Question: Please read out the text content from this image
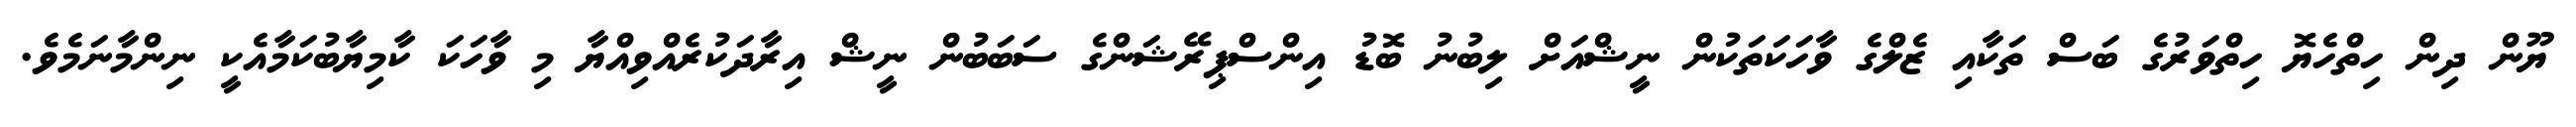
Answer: ޔޫން ދިން ހިތްހެޔޮ ހިތްވަރުގެ ބަސް ތަކާއި ޒެލްގެ ވާހަކަތަކުން ނީޝްއަށް ލިބުނު ބޮޑު އިންސްޕިރޭޝަންގެ ސަބަބުން ނީޝް އިރާދަކުރެއްވިއްޔާ މި ވާހަކަ ކާމިޔާބުކަމާއެކީ ނިންމާނަމެވެ.